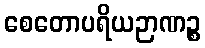
စေတောပရိယဉာဏဉ္စ